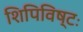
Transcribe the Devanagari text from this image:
शिपिविष्टः